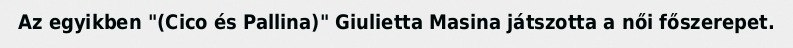
Az egyikben "(Cico és Pallina)" Giulietta Masina játszotta a női főszerepet.